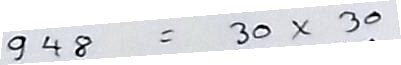
948 = 30 x 30